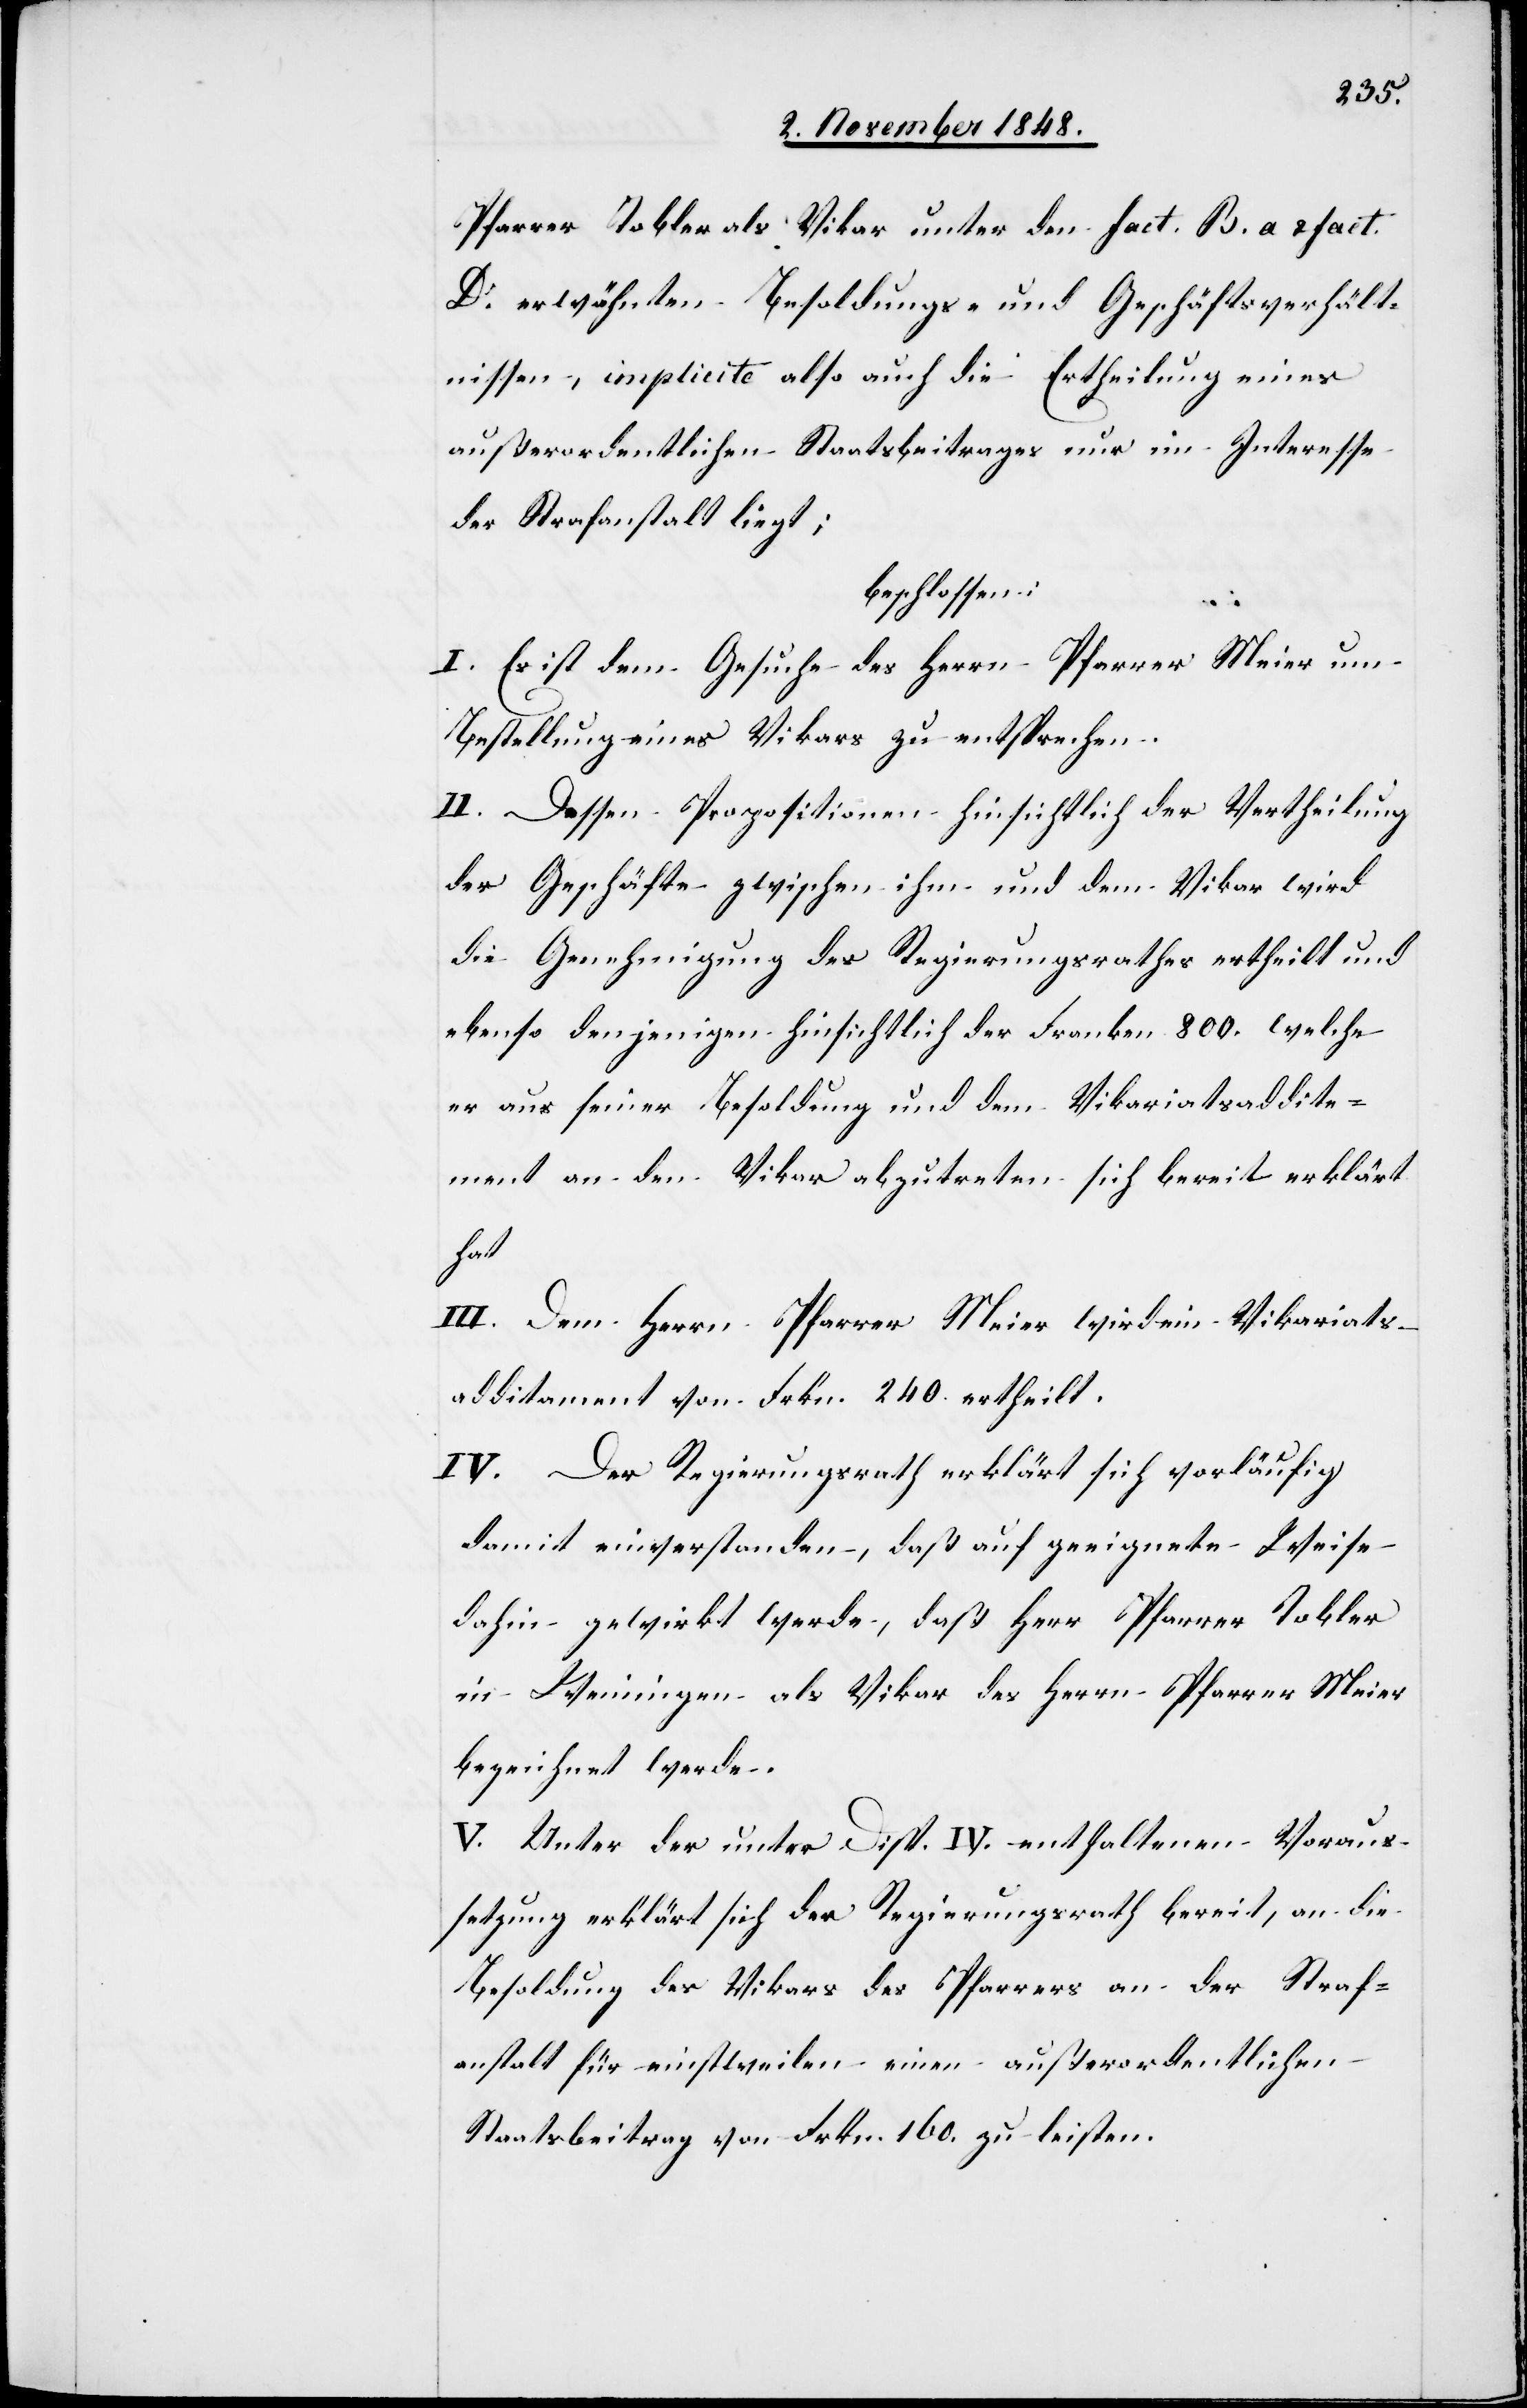
Pfarrer Tobler als Vikar unter den fact. B. a. u. fact.
D. erwähnten Besoldungs- und Geschäftsverhält¬
nissen, implicite also auch die Ertheilung eines
außerordentlichen Staatsbeitrages nur im Interesse
der Strafanstalt liegt;
beschlossen:
ment
I. Es ist dem Gesuch des Herrn Pfarrer Meier um
Bestellung eines Vikars zu entsprechen.
II. Dessen Propositionen hinsichtlich der Vertheilung
der Geschäfte zwischen ihm und dem Vikar wird
die Genehmigung des Regierungsrathes ertheilt und
ebenso denjenigen hinsichtlich der Franken 800. welche
er aus seiner Besoldung und dem Vikariatsaddite¬
an den Vikar abzutreten sich bereit erklärt
III. Dem Herrn Pfarrer Meier wird ein Vikariats¬
additament von Frkn. 240. ertheilt.
IV. Der Regierungsrath erklärt sich vorläufig
damit einverstanden, daß auf geeignete Weise
dahin gewirkt werde, daß Herr Pfarrer Tobler
in Weiningen als Vikar des Herrn Pfarrer Meier
bezeichnet werde.
V. Unter der unter Disp. IV. enthaltenen Voraus¬
setzung erklärt sich der Regierungsrath bereit, an die
Besoldung des Vikars des Pfarrers an der Straf¬
anstalt für einstweilen einen außerordentlichen
Staatsbeitrag von Frkn. 160. zu leisten.